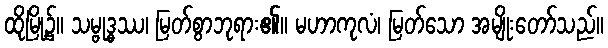
ထိုမြို့၌။ သမ္ဗုဒ္ဓဿ၊ မြတ်စွာဘုရား၏။ မဟာကုလံ၊ မြတ်သော အမျိုးတော်သည်။